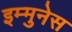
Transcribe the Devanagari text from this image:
इम्मुनेस